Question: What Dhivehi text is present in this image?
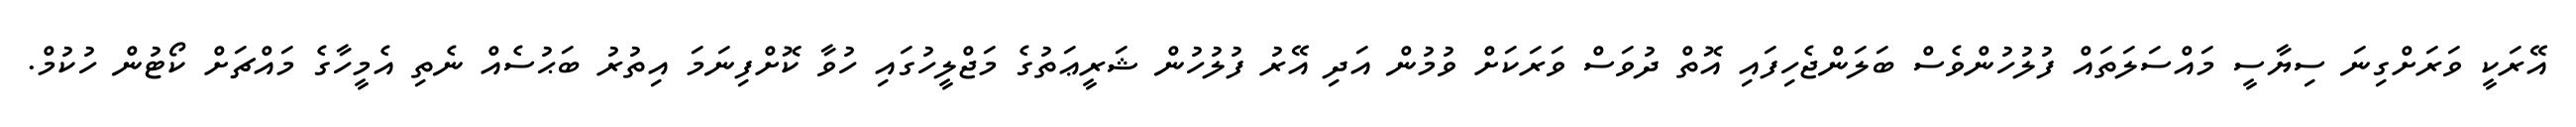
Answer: އޭރަކީ ވަރަށްގިނަ ސިޔާސީ މައްސަލަތައް ފުލުހުންވެސް ބަލަންޖެހިފައި އޮތް ދުވަސް ވަރަކަށް ވުމުން އަދި އޭރު ފުލުހުން ޝަރީޢަތުގެ މަޖްލީހުގައި ހުވާ ކޮށްފިނަމަ އިތުރު ބަޙުސެއް ނެތި އެމީހާގެ މައްޗަށް ކޯޓުން ހުކުމް.